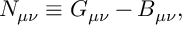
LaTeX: N _ { \mu \nu } \equiv G _ { \mu \nu } - B _ { \mu \nu } ,